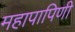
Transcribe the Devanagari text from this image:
महापापिणी